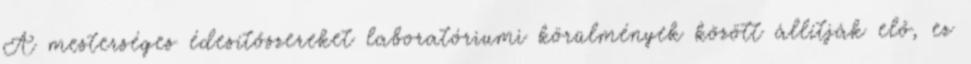
A mesterséges édesítőszereket laboratóriumi körülmények között állítják elő, ez